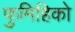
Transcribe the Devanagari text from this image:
फुमिहिको